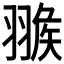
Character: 𦑚